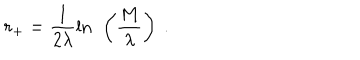
r _ { + } = \frac { 1 } { 2 \lambda } \ln \ \left( \frac { M } { \lambda } \right) \ .